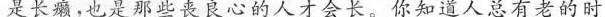
是长癞，也是那些丧良心的人才会长。你知道人总有老的时